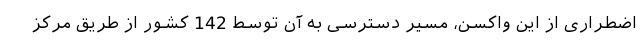
اضطراری از این واکسن، مسیر دسترسی به آن توسط 142 کشور از طریق مرکز